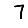
Digit: 7